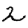
Digit: 2